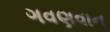
ગવણવાન